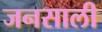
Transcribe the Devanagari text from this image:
जनसाली